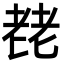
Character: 䎜